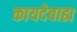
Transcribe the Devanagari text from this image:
कायदेबाह्य